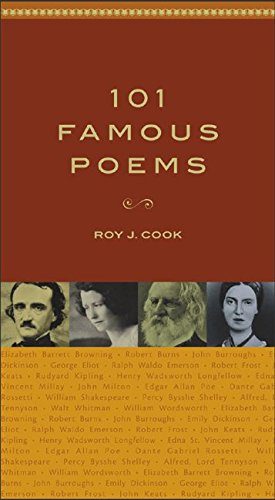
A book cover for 101 Famous Poems; Literature & Fiction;